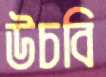
উচবি